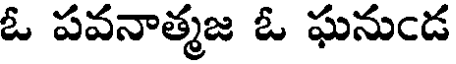
ఓ పవనాత్మజ ఓ ఘనుఁడ